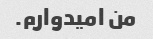
من امیدوارم.